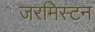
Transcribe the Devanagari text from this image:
जरमिस्टन